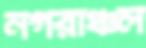
নগরাঞ্চল